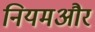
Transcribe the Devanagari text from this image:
नियमऔर